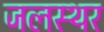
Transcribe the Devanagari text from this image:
जलस्थर